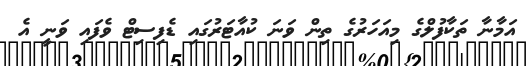
އަމާނާ ތަކާފުލްގެ މިއަހަރުގެ ތިން ވަނަ ކުއާޓަރުގައި ޑެފިސިޓް ވެފައި ވަނީ އެ